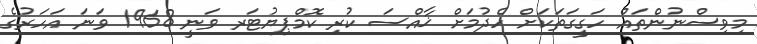
މިވިސްނުންތައް ހަގީގަތަކަށް ހެދުމަށް ޚާއްސަ ކުރި ކޮމްޕިޔުޓަރ ވަނީ 1968 ވަނަ އަހަރުގެ